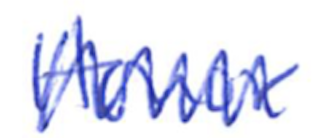
Text: Honor
Cross-out: zig-zag
Writing tool: ballpoint